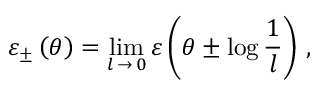
\varepsilon _ { \pm } \left( \theta \right) = \operatorname * { l i m } _ { l \, \rightarrow \, 0 } \varepsilon \left( \theta \pm \log \frac { 1 } { l } \right) \, ,